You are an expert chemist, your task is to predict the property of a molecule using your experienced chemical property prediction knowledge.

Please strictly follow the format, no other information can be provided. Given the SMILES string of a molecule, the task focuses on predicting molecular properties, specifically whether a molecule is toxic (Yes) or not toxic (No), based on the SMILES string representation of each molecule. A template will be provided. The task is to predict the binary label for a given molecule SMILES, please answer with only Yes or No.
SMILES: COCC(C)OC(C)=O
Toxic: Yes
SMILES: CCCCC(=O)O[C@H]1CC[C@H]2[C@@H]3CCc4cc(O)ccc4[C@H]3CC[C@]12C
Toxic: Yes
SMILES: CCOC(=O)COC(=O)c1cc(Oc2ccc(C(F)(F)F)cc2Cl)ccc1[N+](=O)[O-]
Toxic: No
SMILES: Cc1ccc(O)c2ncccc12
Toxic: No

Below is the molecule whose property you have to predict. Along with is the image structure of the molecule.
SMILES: NC(=O)c1c(Cl)cccc1Cl
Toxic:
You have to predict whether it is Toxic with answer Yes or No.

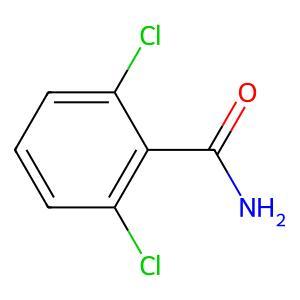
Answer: No